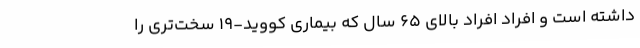
داشته است و افراد افراد بالای ۶۵ سال که بیماری کووید-۱۹ سخت‌تری را